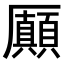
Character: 𠫉